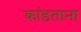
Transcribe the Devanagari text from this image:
कांडताना